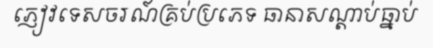
ភ្ញៀវទេសចរណ៍គ្រប់ប្រភេទ ធានាសណ្តាប់ធ្នាប់